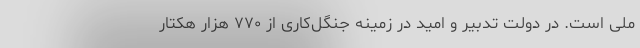
ملی است. در دولت تدبیر و امید در زمینه جنگل‌کاری از ۷۷۰ هزار هکتار